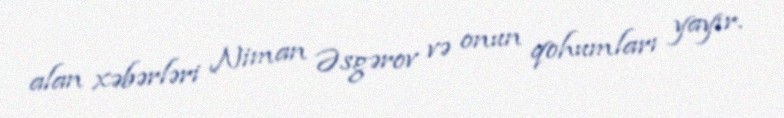
alan xəbərləri Niman Əsgərov və onun qohumları yayır.